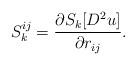
LaTeX: \begin{align*}S^{ij}_k = \frac{\partial S_k [D^2u]}{\partial r_{ij}}.\end{align*}